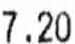
7.20